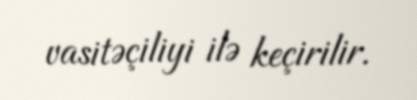
vasitəçiliyi ilə keçirilir.